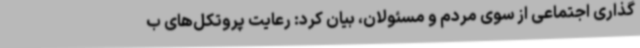
گذاری اجتماعی از سوی مردم و مسئولان، بیان کرد: رعایت پروتکل‌های ب